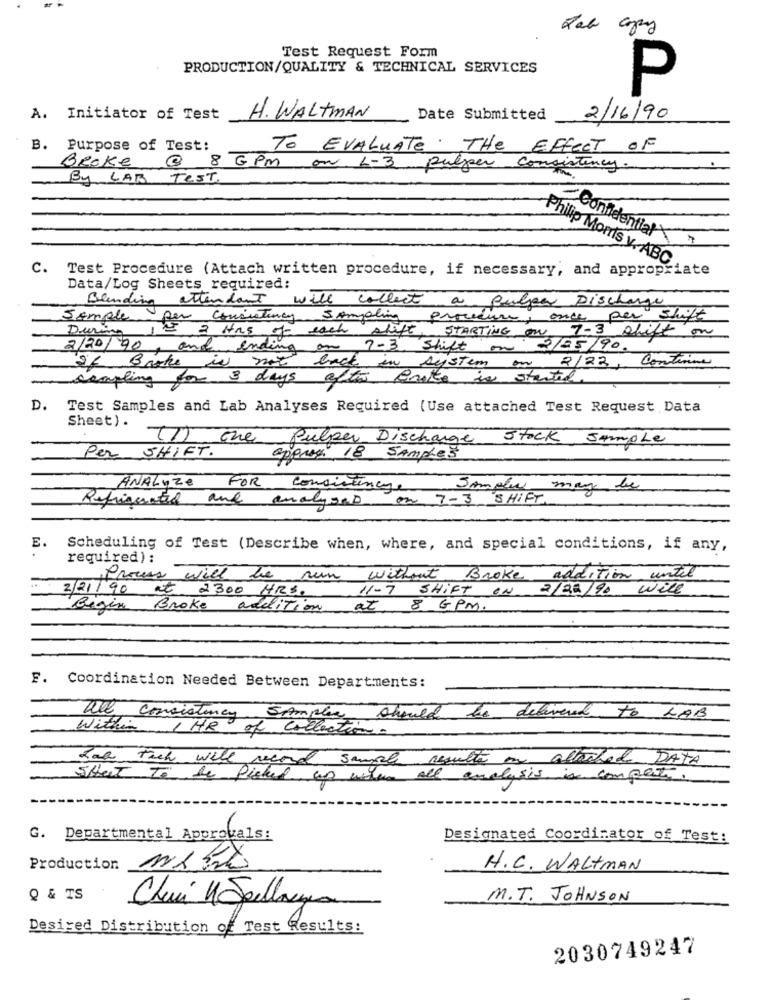
Test Request Form
PRODUCTION/QUALITY & TECHNICAL SERVICES
P
A. Initiator of Test
H. WALTMAN
Date Submitted
2/16/90
B. Purpose of Test:
TO EVALUATE. THE Effect OF
Broke @ 8 6PM on L-3 pulper consistency.
By LAB TEST.
Confidential
7
Philip Morris y. ABC
C. Test Procedure (Attach written procedure, if necessary, and appropriate
Data/Log Sheets required:
Blending attendant will collect a Bulpar Discharge
Sample per consistency Sampling procedure, once per shift
12 3 Has of each shift
STARTING on 7-3 shift on
During
2/20/90, and ending on
7-3 Shift on 2/05/90.
if Baske is not
2/22, Continue
back in system on
sampling for 3 days after frite is started
D. Test Samples and Lab Analyses Required (Use attached Test Request Data
Sheet).
(1) the Pulper Discharge Stock Sample
Per SHIFT.
oppres 18 Samples
ANALYze FOR consistencye
Sample may be
Refrigerated and analysed on 7-3 SHIFT
E.
Scheduling of Test (Describe when, where, and special conditions, if any,
required ) :
Process will be run
without Broke addition until
2/21/90 at 2300 HRS.
11-7 SHIFT ON 2/20/90 will
Begin Broke addition
at 8 6PM.
F. Coordination Needed Between Departments:
all consistency
Samples should be delivered to LAB
within IHR of Collection.
hoe tach will record sample resulte in altached DATA
Street To be Picked up when all analysis is compete.
G. Departmental Approvals:
Designated Coordinator of Test:
Production ML 30
H.C. WALTMAN
Q & TS
M.T. JOHNSON
Chui 11 Johanna
Desired Distribution of Test Results:
2030749247